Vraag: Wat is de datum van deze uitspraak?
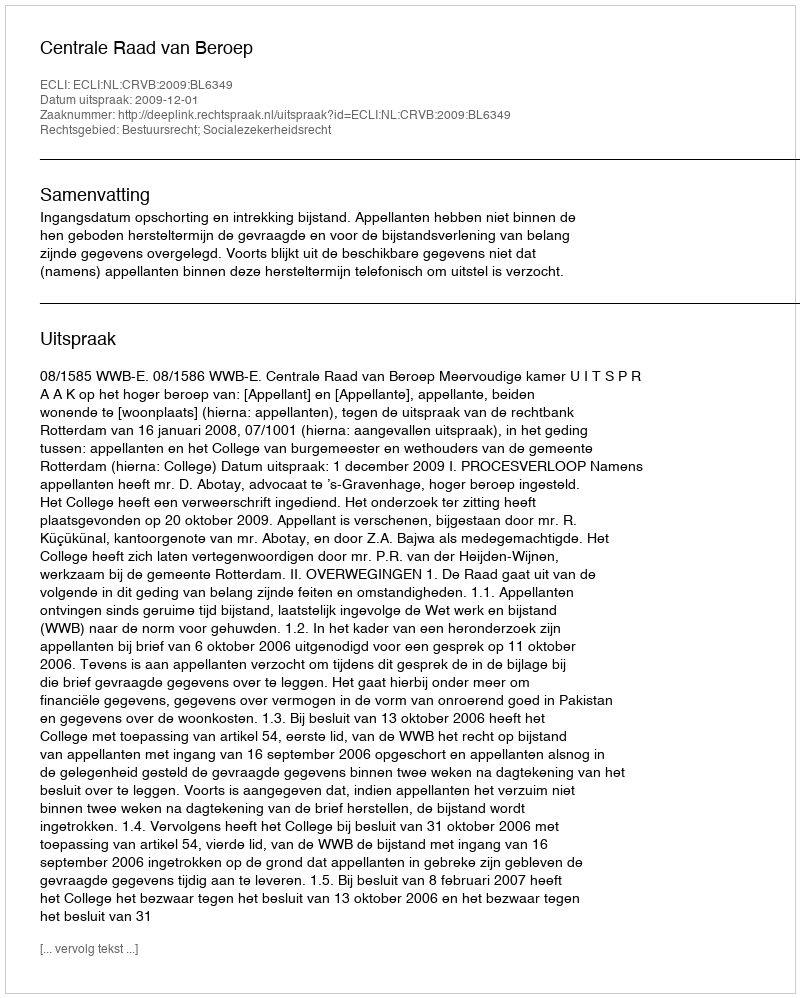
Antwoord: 2009-12-01